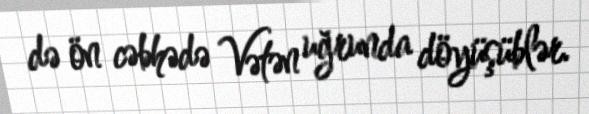
də ön cəbhədə Vətən uğrunda döyüşüblər.